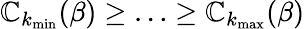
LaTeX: \mathbb{C}_{k_{\operatorname*{min}}}(\beta)\geq\ldots\geq\mathbb{C}_{k_{\operatorname*{max}}}(\beta)